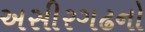
અસીરગઢનો